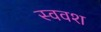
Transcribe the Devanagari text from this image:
स्ववश